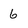
Character: 6